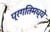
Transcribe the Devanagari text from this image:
प्रगतिमध्ये